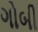
ગોબી